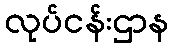
လုပ်ငန်းဌာန